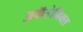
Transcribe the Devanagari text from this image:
अकॅडेमिक्स